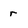
Character: r